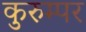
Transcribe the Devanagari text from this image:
कुरुम्पर